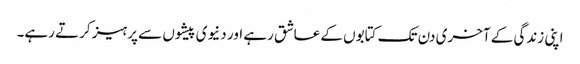
اپنی زندگی کے آخری دن تک کتابوں کے عاشق رہے اور دنیوی پیشوں سے پرہیز کرتے رہے۔